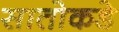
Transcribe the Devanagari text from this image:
सातोकडे